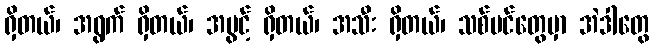
ရှိတယ်၊ အရွက် ရှိတယ်၊ အပွင့် ရှိတယ်၊ အသီး ရှိတယ်၊ သစ်ပင်တွေမှာ အဲဒါတွေ